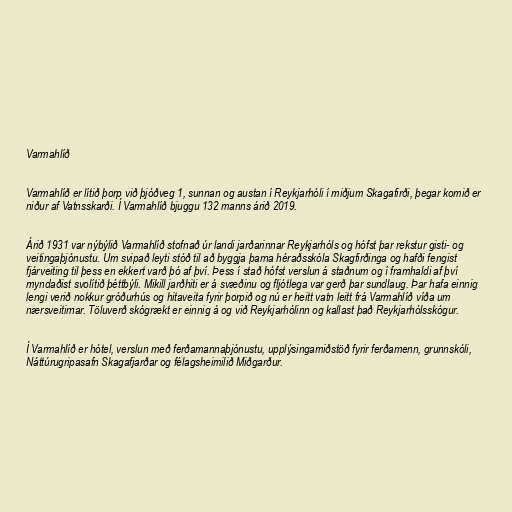
Varmahlíð

Varmahlíð er lítið þorp við þjóðveg 1, sunnan og austan í Reykjarhóli í miðjum Skagafirði, þegar komið er
niður af Vatnsskarði. Í Varmahlíð bjuggu 132 manns árið 2019.

Árið 1931 var nýbýlið Varmahlíð stofnað úr landi jarðarinnar Reykjarhóls og hófst þar rekstur gisti- og
veitingaþjónustu. Um svipað leyti stóð til að byggja þarna héraðsskóla Skagfirðinga og hafði fengist
fjárveiting til þess en ekkert varð þó af því. Þess í stað hófst verslun á staðnum og í framhaldi af því
myndaðist svolítið þéttbýli. Mikill jarðhiti er á svæðinu og fljótlega var gerð þar sundlaug. Þar hafa einnig
lengi verið nokkur gróðurhús og hitaveita fyrir þorpið og nú er heitt vatn leitt frá Varmahlíð víða um
nærsveitirnar. Töluverð skógrækt er einnig á og við Reykjarhólinn og kallast það Reykjarhólsskógur.

Í Varmahlíð er hótel, verslun með ferðamannaþjónustu, upplýsingamiðstöð fyrir ferðamenn, grunnskóli,
Náttúrugripasafn Skagafjarðar og félagsheimilið Miðgarður.